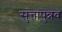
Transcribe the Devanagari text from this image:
सुत्तापुन्नव